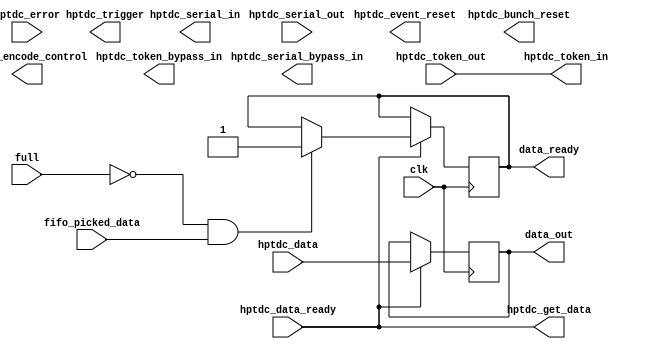
///////////////////////////////////////////////////////////////////////////////////////////////////
// Company: <Name>
//
// File history:
//      <Revision number>: <Date>: <Comments>
//      <Revision number>: <Date>: <Comments>
//      <Revision number>: <Date>: <Comments>
//
// Description: 
//
// <Description here>
//
// Targeted device: <Family::SmartFusion2> <Die::M2S050> <Package::896 FBGA>
//
/////////////////////////////////////////////////////////////////////////////////////////////////// 

module ParallelPortHPTDC( hptdc_token_out, hptdc_token_in, hptdc_token_bypass_in, hptdc_data
        , hptdc_data_ready, hptdc_get_data, clk, data_out, data_ready, full, fifo_picked_data
        , hptdc_serial_in, hptdc_serial_bypass_in, hptdc_serial_out, hptdc_trigger
        , hptdc_event_reset, hptdc_bunch_reset, hptdc_error, hptdc_encode_control);

    input                   hptdc_token_out;
    input                   hptdc_error;
    output                  hptdc_token_in;
    output                  hptdc_encode_control;
    output                  hptdc_bunch_reset;
    output                  hptdc_token_bypass_in;
    output                  hptdc_serial_in;
    output                  hptdc_serial_bypass_in;
    input                   hptdc_serial_out;
    output                  hptdc_trigger;
    input       [31:0]      hptdc_data;
    output                  hptdc_event_reset;
    input                   hptdc_data_ready;
    output                  hptdc_get_data;


    input                   clk; 
   
    input                   full;               //shows that the FIFO is full
    output      [31:0]      data_out;           //data to be sent to FIFO
    output                  data_ready;         //data ready for FIFO
    input                   fifo_picked_data;   //shows that FIFO picked the last data

    

    reg         [31:0]      data_out;           
    reg                     data_ready;
    reg                     temp_data_ready;
   

    assign hptdc_token_in       =   hptdc_token_out;
    assign hptdc_get_data       =   hptdc_data_ready;

    always @ (posedge clk)
    begin
        if (hptdc_data_ready) 
        begin
            data_out            =   hptdc_data; // Read but no write.
            if (!full && fifo_picked_data)
                data_ready      =   1;
            else
                temp_data_ready =   1;
        end
    end
endmodule